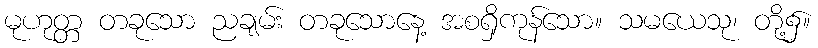
မုဟုတ္တ တခုသော ညချမ်း တခုသောနေ့ အစရှိကုန်သော။ သမယေသု၊ တို့၌။